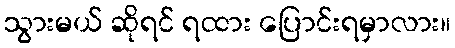
သွားမယ် ဆိုရင် ရထား ပြောင်းရမှာလား။